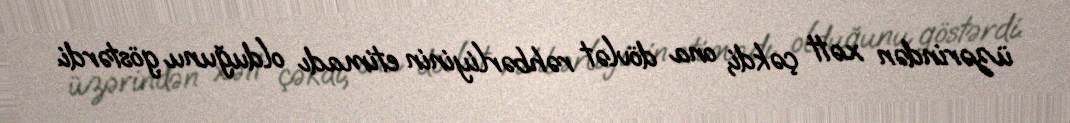
üzərindən xətt çəkdi, ona dövlət rəhbərliyinin etimadı olduğunu göstərdi.